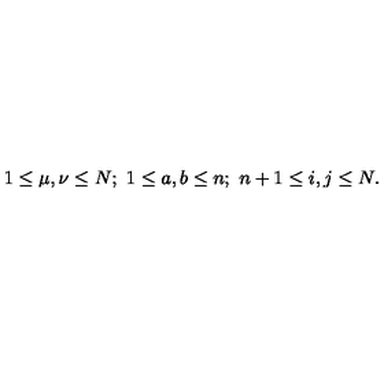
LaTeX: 1 \leq \mu , \nu \leq N ; \ 1 \leq a , b \leq n ; \ n + 1 \leq i , j \leq N .